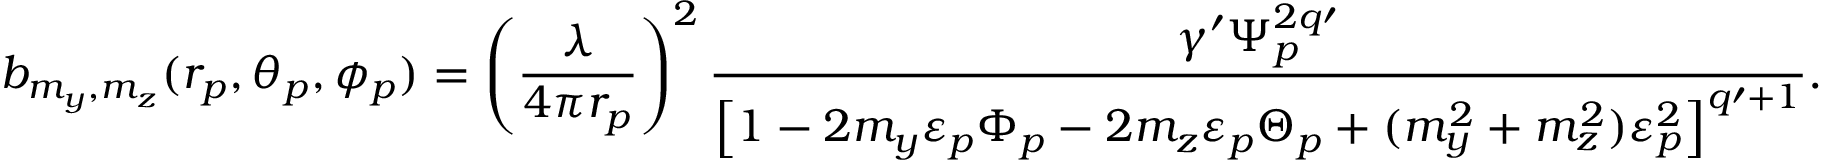
b _ { m _ { y } , m _ { z } } ( r _ { p } , \theta _ { p } , \phi _ { p } ) = \left( \frac { \lambda } { 4 \pi r _ { p } } \right) ^ { 2 } \frac { \gamma \prime \Psi _ { p } ^ { 2 q \prime } } { \left[ 1 - 2 m _ { y } \varepsilon _ { p } \Phi _ { p } - 2 m _ { z } \varepsilon _ { p } \Theta _ { p } + ( m _ { y } ^ { 2 } + m _ { z } ^ { 2 } ) \varepsilon _ { p } ^ { 2 } \right] ^ { q \prime + 1 } } .